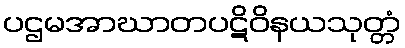
ပဌမအာဃာတပဋိဝိနယသုတ္တံ